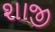
શાજી